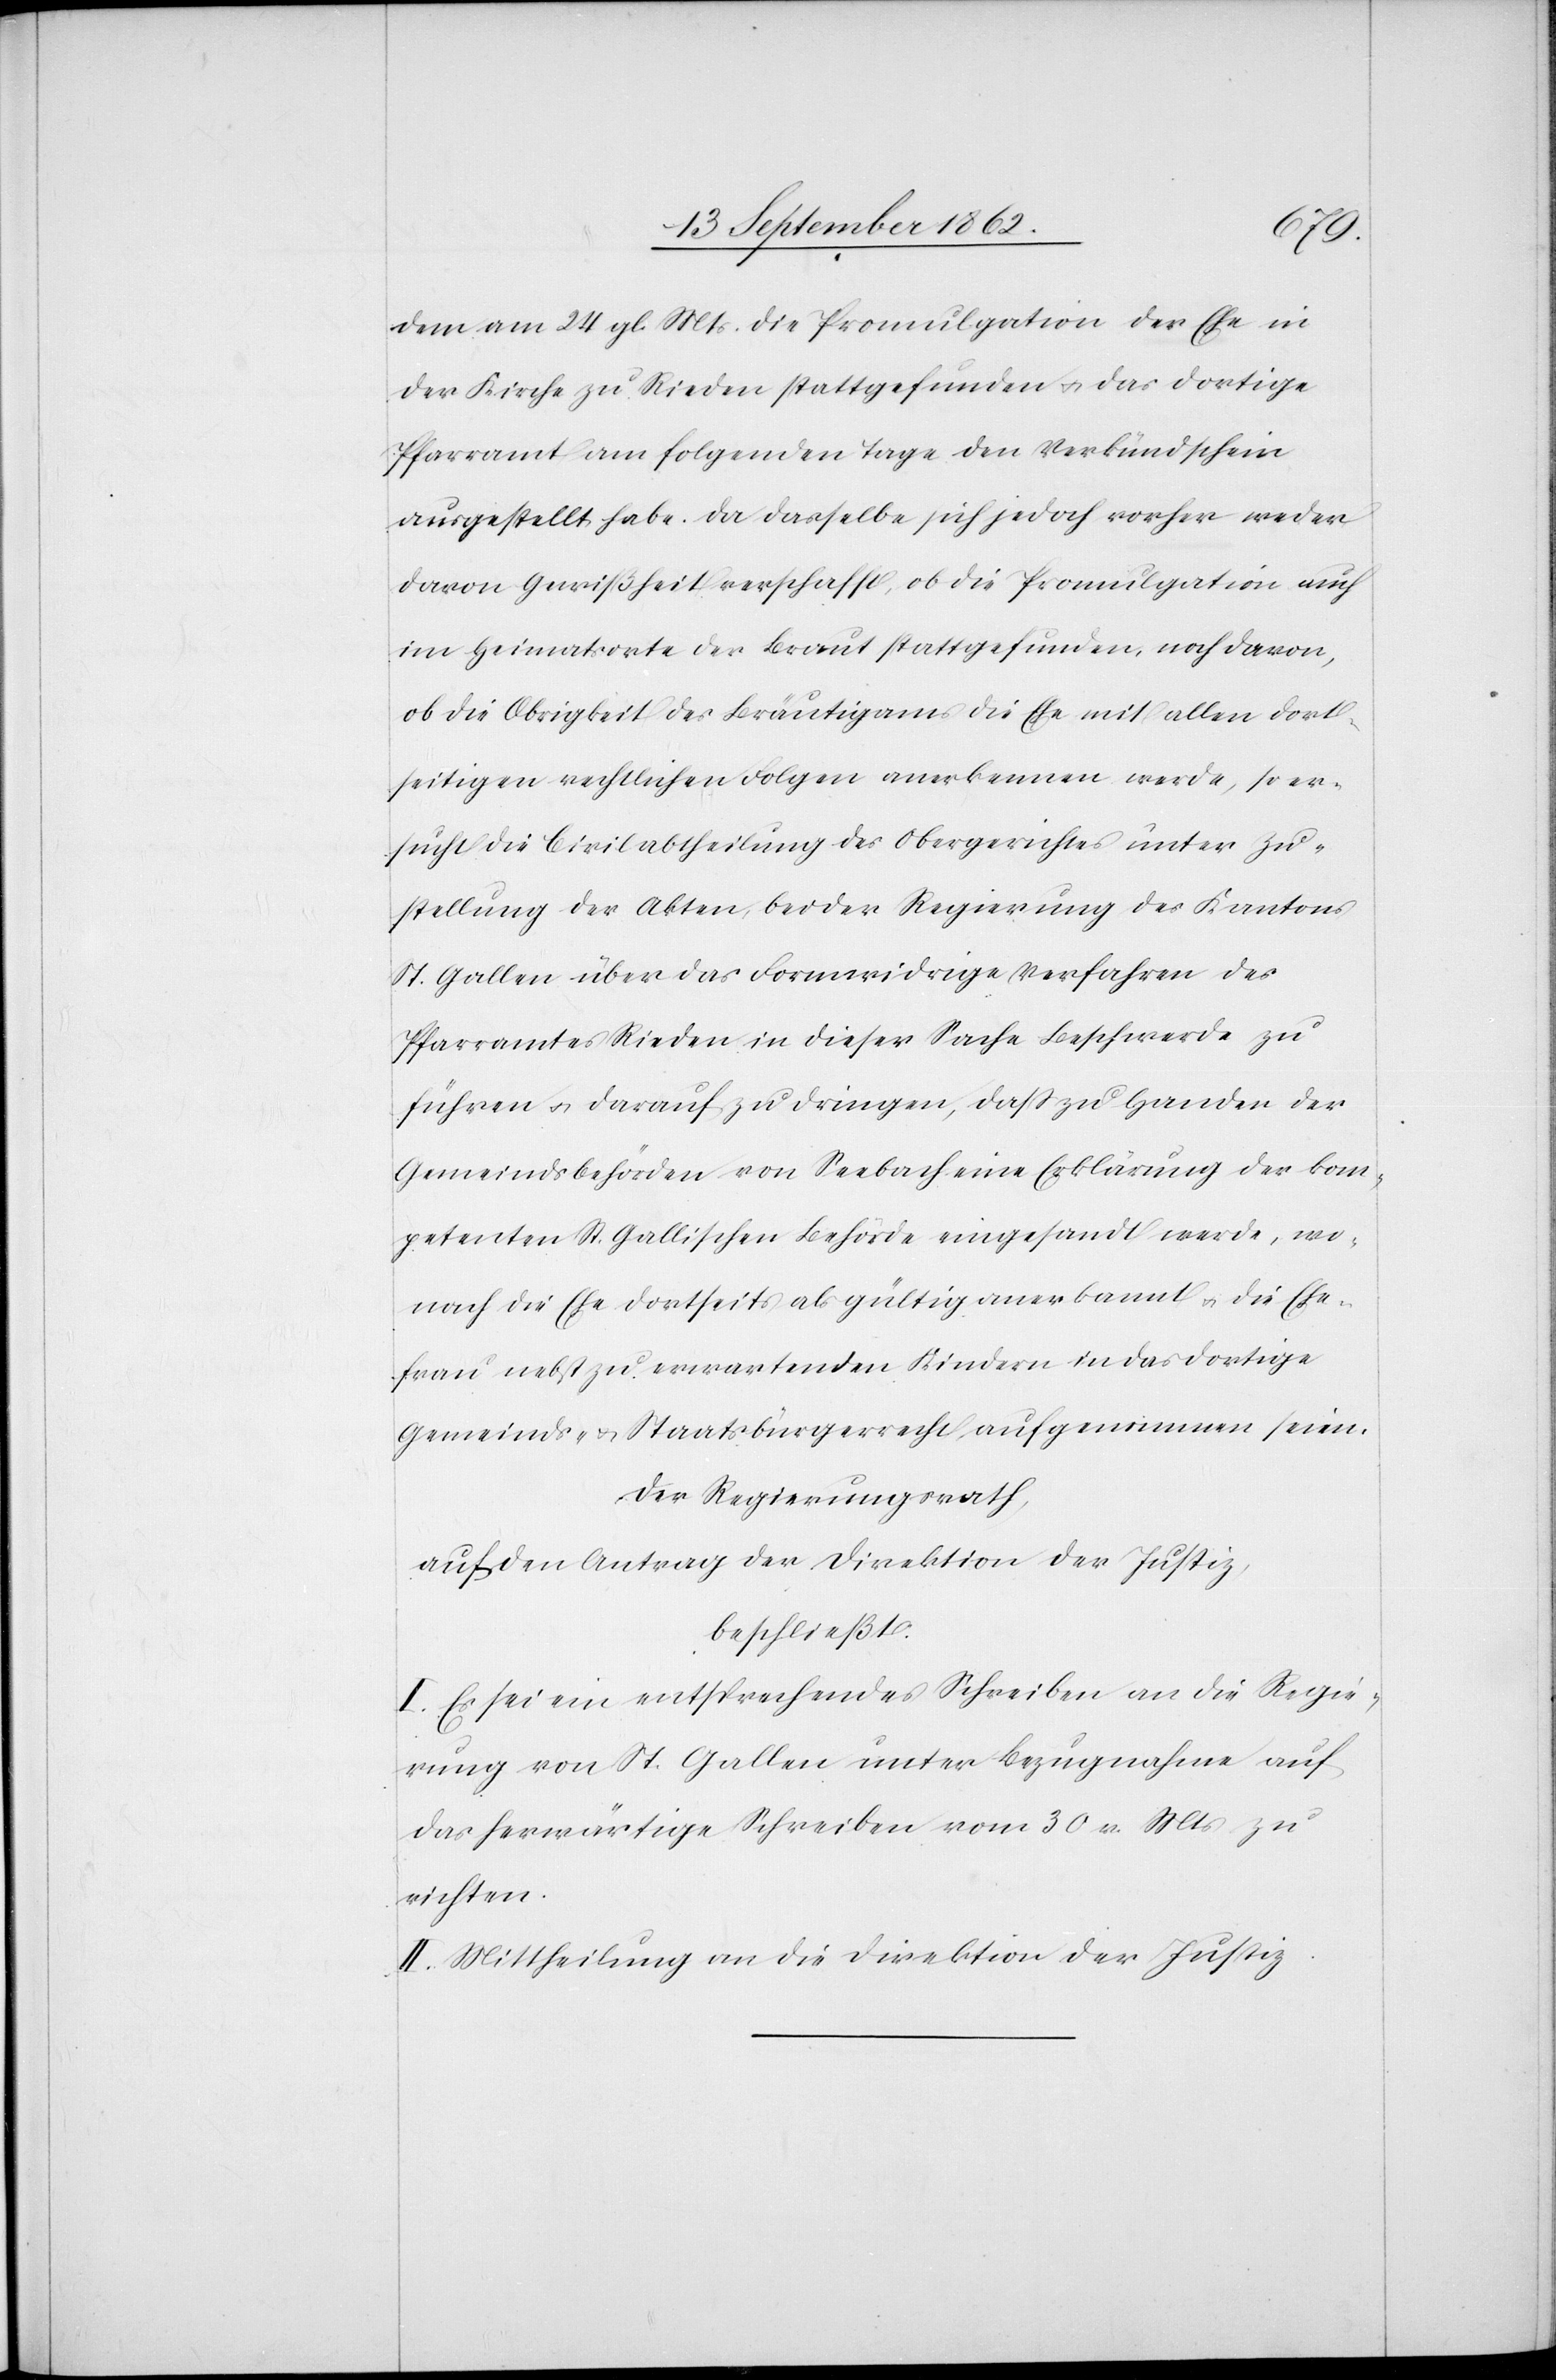
Ehe¬
dem am 24. gl. Mts. die Promulgation der Ehe in
der Kirche zu Rieden stattgefunden u. das dortige
Pfarramt am folgenden Tage den Verkündschein
ausgestellt habe. Da dasselbe sich jedoch vorher weder
davon Gewißheit verschafft, ob die Promulgation auch
im Heimatsorte der Braut stattgefunden, noch davon,
ob die Obrigkeit des Bräutigams die Ehe mit allen dort¬
seitigen rechtlichen Folgen anerkennen werde, so er¬
sucht die Civilabtheilung des Obergerichtes unter Zu¬
stellung der Akten, bei der Regierung des Kantons
St. Gallen über das Formwidrige Verfahren des
Pfarramtes Rieden in dieser Sache Beschwerde zu
führen u. darauf zu dringen, daß zu Handen der
Gemeindsbehörden von Seebach eine Erklärung der kom¬
petenten St. Gallischen Behörde eingesandt werde, wo¬
frau nebst zu erwartenden Kindern in das dortige
Gemeinds- u. Staatsbürgerrecht aufgenommen seien.
Der Regierungsrath,
auf den Antrag der Direktion der Justiz,
beschließt:
I. Es sei ein entsprechendes Schreiben an die Regie¬
rung von St. Gallen unter Bezugnahme auf
das herwärtige Schreiben vom 30. v. Mts. zu
richten.
II. Mittheilung an die Direktion der Justiz.